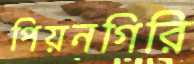
পিয়নগিরি